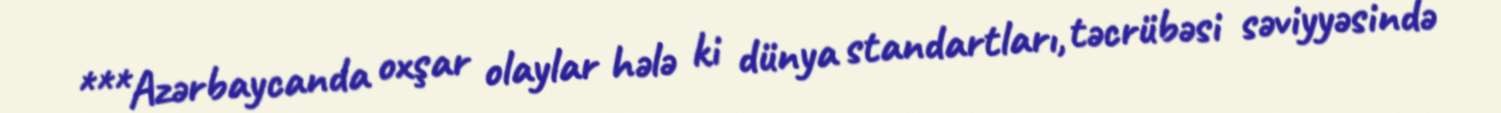
***Azərbaycanda oxşar olaylar hələ ki dünya standartları, təcrübəsi səviyyəsində